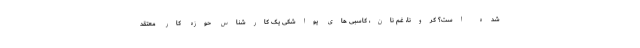
شده است؟ کرونا، غم نان، کاسبی های یواشکی یک کارشناس حوزه کار معتقد